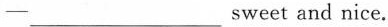
—___sweet and nice.